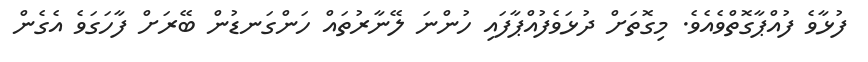
ފުޅާވެ ފުއްޕާގޮތްވެއެވެ. މިގޮތަށް ދުޅަވެފުއްޕާފައި ހުންނަ ލޭނާރުތައް ހަންގަނޑުން ބޭރަށް ފާހަގަވެ އެގެން